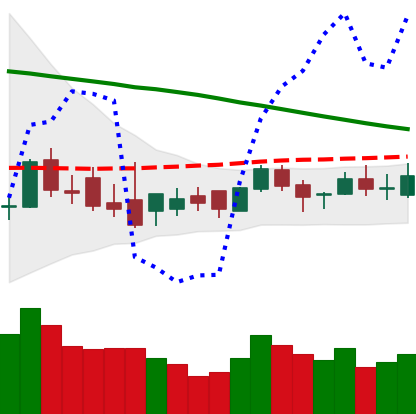
Ticker: XLM-USD
Chart end date: 2018-09-04
Forward return: -16.642%
Label: down_7plus